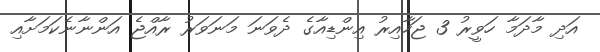
އަދި މާދަމާ ހަވީރު 3 ޖަހާއިރު އިންޑިއާގެ ދެވަނަ މަނަވަރު ރާއްޖެ އަންނާނެކަމަށާއި